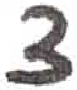
אות: צ